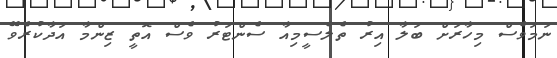
ނަމަވެސް މިހާރަށް ބަލާ އިރު ތެލެސީމިއާ ސެންޓަރު ވެސް އޮތީ ޒިންމާ އަދާކުރެވޭ